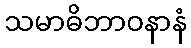
သမာဓိဘာဝနာနံ